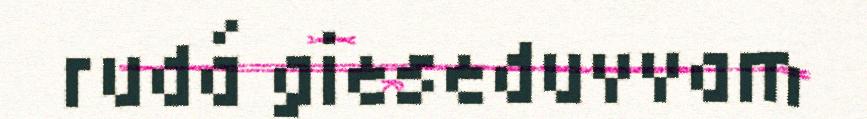
rudá gieseduvvam